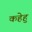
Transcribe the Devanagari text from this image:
कहेहु